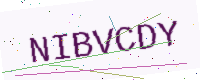
Text: NIBVCDY